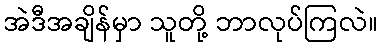
အဲဒီအချိန်မှာ သူတို့ ဘာလုပ်ကြလဲ။